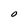
Character: O